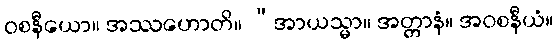
ဝစနီယော။ အဿဟောတိ။ “အာယသ္မာ။ အတ္တာနံ။ အဝစနီယံ။